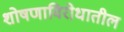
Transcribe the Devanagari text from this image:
शोषणाविरोधातील